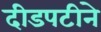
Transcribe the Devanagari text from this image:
दीडपटीने